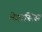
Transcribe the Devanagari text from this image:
मेगासिस